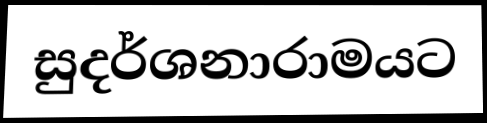
සුදර්ශනාරාමයට